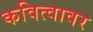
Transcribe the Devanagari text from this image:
कवित्वावर